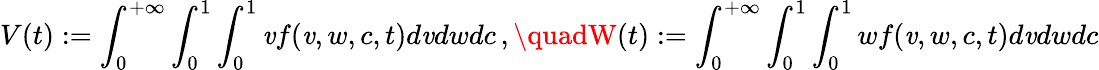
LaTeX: V(t):=\int_{0}^{+\infty}\int_{0}^{1}\int_{0}^{1}\mathit{v}f(\mathit{v},w,c,t)d\mathit{v}dwdc\, ,\quadW(t):=\int_{0}^{+\infty}\int_{0}^{1}\int_{0}^{1}wf(\mathit{v},w,c,t)d\mathit{v}dwdc